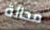
محالة